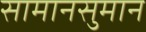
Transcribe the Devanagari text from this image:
सामानसुमान